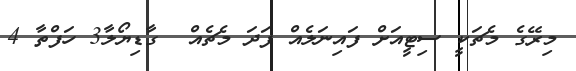
މިރޭގެ މެޗަކީ ސިޓީއަށް ފައިނަލެއް ފަދަ މެޗެއް  ގާޑިޔޯލާ3 ހަފްތާ 4